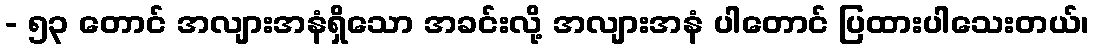
- ၅၃ တောင် အလျားအနံရှိသော အခင်းလို့ အလျားအနံ ပါတောင် ပြထားပါသေးတယ်၊